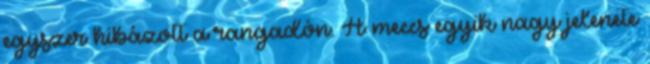
egyszer hibázott a rangadón. A meccs egyik nagy jelenete